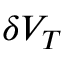
\delta V _ { T }